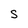
Character: S